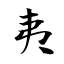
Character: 夷